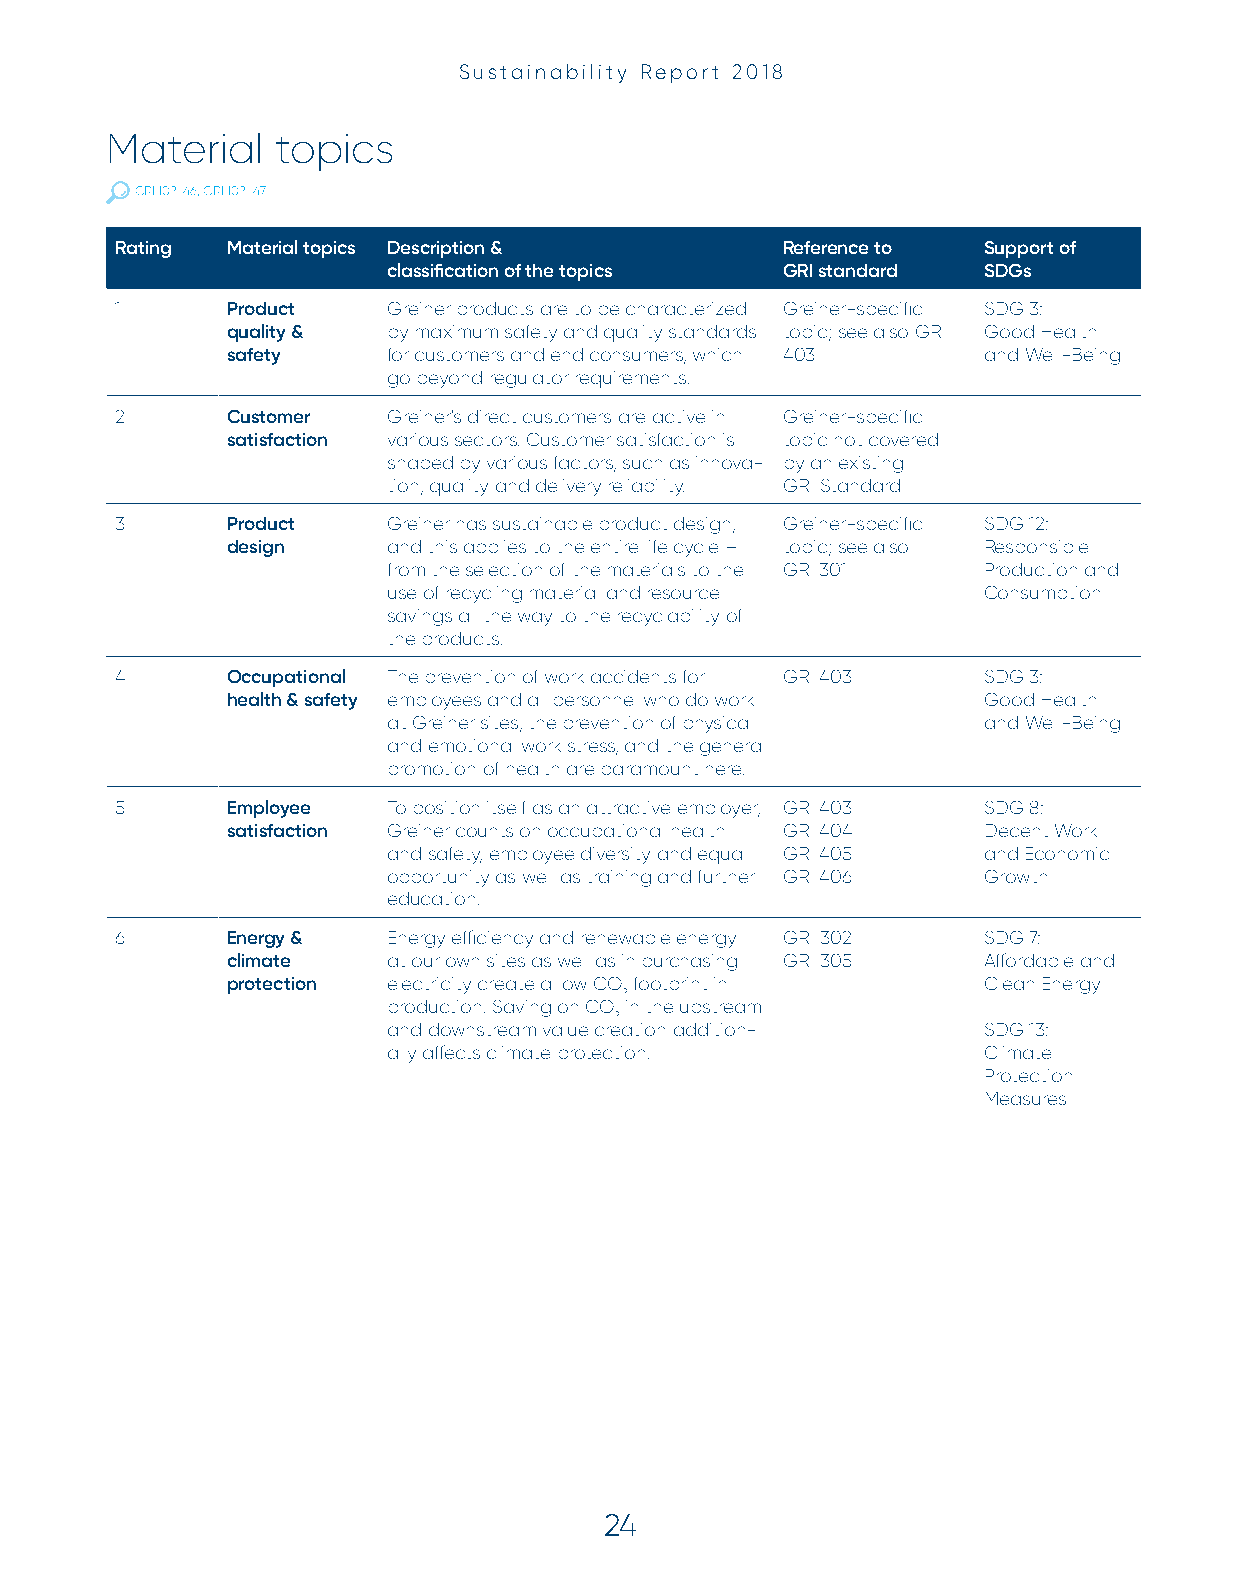
Sustainability Report 2018
 Material   topics
 GRI 102-46, GRI 102-47
 Rating Material topics Description &        Reference to Support of
 classification of the topics GRI standard SDGs
 1      Product    Greiner products are to be characterized Greiner-specific SDG 3:
 quality &  by maximum safety and quality standards topic; see also GRI Good Health
 safety     for customers and end consumers, which 403 and Well-Being
 go beyond regulator requirements.
 2      Customer   Greiner's direct customers are active in Greiner-specific
 satisfaction various sectors. Customer satisfaction is topic not covered
 shaped by various factors, such as innova- by an existing
 tion, quality and delivery reliability. GRI Standard
 3      Product    Greiner has sustainable product design, Greiner-specific SDG 12:
 design     and this applies to the entire life cycle – topic; see also Responsible
 from the selection of the materials to the GRI 301 Production and
 use of recycling material and resource Consumption
 savings all the way to the recyclability of
 the products.
 4      Occupational The prevention of work accidents for GRI 403 SDG 3:
 health & safety employees and all personnel who do work Good Health
 at Greiner sites, the prevention of physical and Well-Being
 and emotional work stress, and the general
 promotion of health are paramount here.
 5      Employee   To position itself as an attractive employer, GRI 403 SDG 8:
 satisfaction Greiner counts on occupational health GRI 404 Decent Work
 and safety, employee diversity and equal GRI 405 and Economic
 opportunity as well as training and further GRI 406 Growth
 education.
 6      Energy &   Energy efficiency and renewable energy GRI 302 SDG 7:
 climate    at our own sites as well as in purchasing GRI 305 Affordable and
 protection electricity create a low CO footprint in Clean Energy
 2
 production. Saving on CO in the upstream
 2
 and downstream value creation addition- SDG 13:
 ally affects climate protection.       Climate
 Protection
 Measures
 24